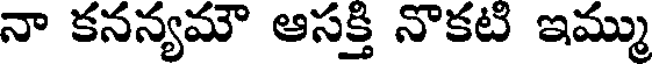
నా కనన్యమౌ ఆసక్తి నొకటి ఇమ్ము